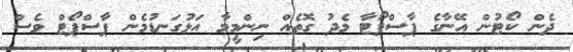
ދެން ކޯޓުން އޭނާގެ ޕާސްޕޯޓާ މެދު ގޮތެއް ނިންމީމާ އަޅުގަނޑުމެން ޕާސްޕޯޓް ވެސް